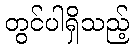
တွင်ပါရှိသည့်